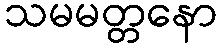
သမမတ္တနော